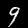
Digit: 9